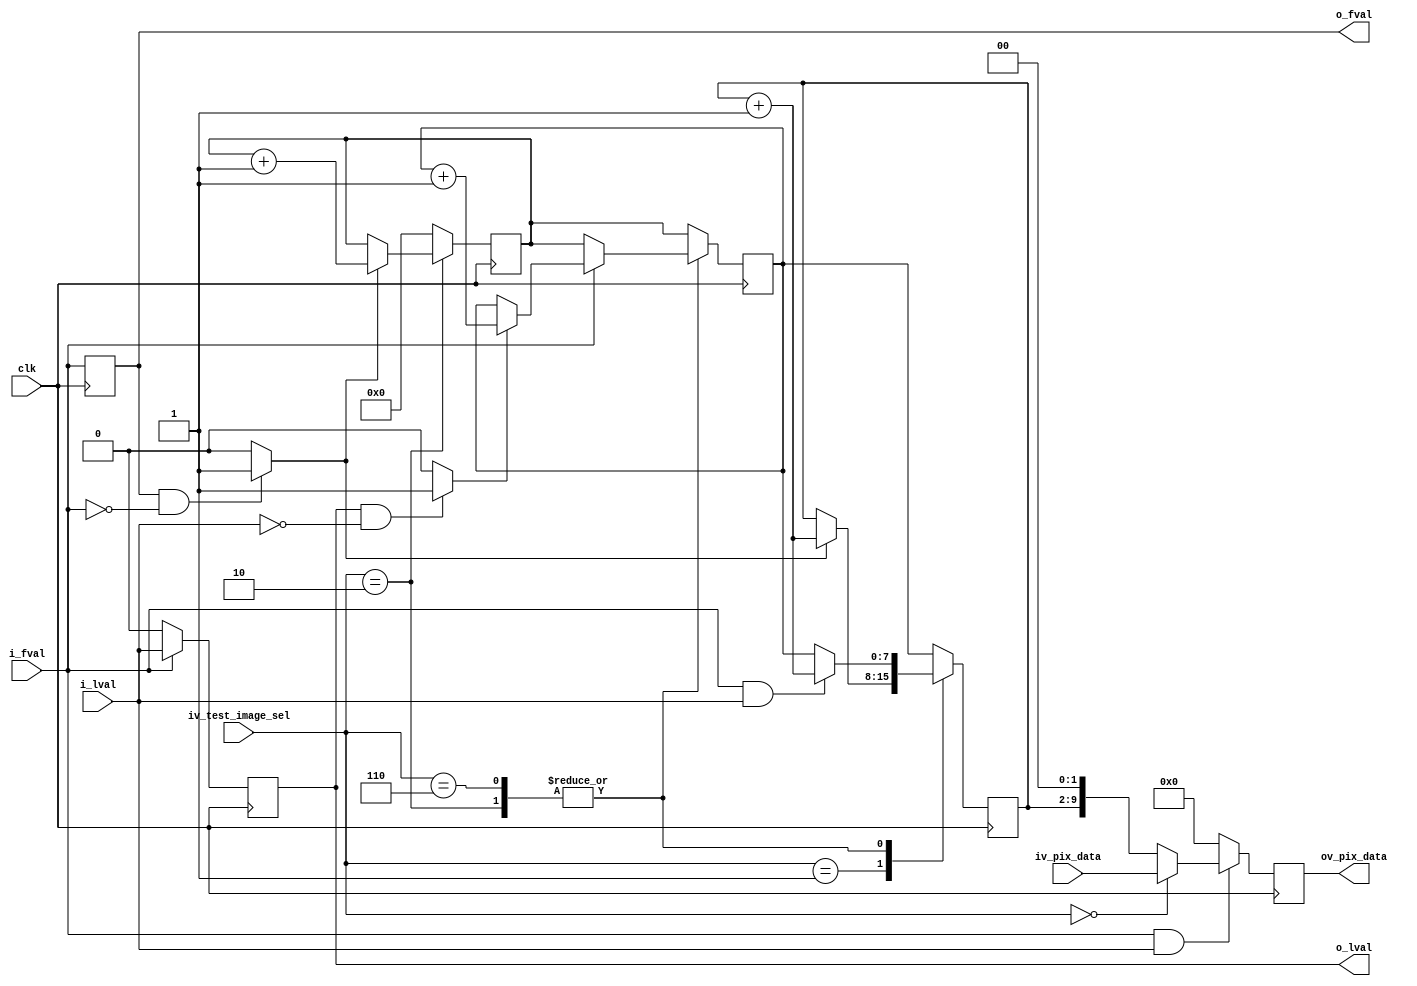
//-------------------------------------------------------------------------------------------------
//  --    : , 2010 -2015.
//  --      .
//  --          : FPGA
//  --        : test_image
//  --        : 
//-------------------------------------------------------------------------------------------------
//
//  --  :
//
//  --          :| 				:|  
//-------------------------------------------------------------------------------------------------
//  --        :| 2014/12/4 13:41:28	:|  
//-------------------------------------------------------------------------------------------------
//
//  --      : 
//              1)  : 
//						8bit12550
//              2)  : (0-255)
//						8bit12550
//						0
//              2)  : (0-255)
//						0-2558bit12550
//-------------------------------------------------------------------------------------------------
///
`timescale 1ns/1ps
//-------------------------------------------------------------------------------------------------

module test_image # (
	parameter	SENSOR_DAT_WIDTH	= 10		//sensor 
	)
	(
	//Sensor
	input								clk					,	//
	input								i_fval				,	//
	input								i_lval				,	//
	input	[SENSOR_DAT_WIDTH-1:0]		iv_pix_data			,	//
	//
	input	[2:0]						iv_test_image_sel	,	//,000:,001:1,110:2,010:3
	//
	output								o_fval				,	//o_fvalo_lval
	output								o_lval				,	//
	output	[SENSOR_DAT_WIDTH-1:0]		ov_pix_data				//
	);

	//	ref signals
	reg									fval_dly			= 1'b0;
	wire								fval_fall			;
	reg									lval_dly			= 1'b0;
	wire								lval_fall			;
	reg		[7:0]						frame_cnt			= 8'b0;
	reg		[7:0]						line_cnt			= 8'b0;
	reg		[7:0]						col_cnt				= 8'b0;
	reg		[SENSOR_DAT_WIDTH-1:0]		pix_data_reg		= {SENSOR_DAT_WIDTH{1'b0}};

	//	ref ARCHITECTURE


	//  ===============================================================================================
	//	ref ******
	//  ===============================================================================================
	//  -------------------------------------------------------------------------------------
	//	fval 
	//  -------------------------------------------------------------------------------------
	always @ (posedge clk) begin
		fval_dly	<= i_fval;
	end
	assign	fval_fall	= (fval_dly==1'b1 && i_fval==1'b0) ? 1'b1 : 1'b0;

	//  -------------------------------------------------------------------------------------
	//	lval 
	//	1.
	//  -------------------------------------------------------------------------------------
	always @ (posedge clk) begin
		if(i_fval) begin
			lval_dly	<= i_lval;
		end
		else begin
			lval_dly	<= 1'b0;
		end
	end
	assign	lval_fall	= (lval_dly==1'b1 && i_lval==1'b0) ? 1'b1 : 1'b0;

	//  ===============================================================================================
	//	ref ******
	//  ===============================================================================================
	//  -------------------------------------------------------------------------------------
	//	
	//	1.=000frame_cnt0
	//	2.=001frame_cnt0
	//	3.=1100-255frame_cnt0
	//	4.=0100-255i_fvalframe_cnt1

	//  -------------------------------------------------------------------------------------
	always @ (posedge clk) begin
		case(iv_test_image_sel)
			3'b000,3'b001,3'b110	: frame_cnt	<= 2'b00;
			3'b010	: begin
				if(fval_fall) begin
					frame_cnt	<= frame_cnt + 1'b1;
				end
			end
			default	: frame_cnt	<= 2'b00;
		endcase
	end

	//  -------------------------------------------------------------------------------------
	//	
	//	1.=000line_cnt=frame_cnt
	//	2.=001line_cnt=frame_cnt
	//	3.=1100-255i_fval=0line_cnt=frame_cnti_fval=1i_lval1
	//	4.=0100-255i_fval=0line_cnt=frame_cnti_fval=1i_lval1

	//  -------------------------------------------------------------------------------------
	always @ (posedge clk) begin
		case(iv_test_image_sel)
			3'b000,3'b001	: line_cnt	<= frame_cnt;
			3'b110,3'b010	: begin
				if(!i_fval) begin
					line_cnt	<= frame_cnt;
				end
				else begin
					if(lval_fall) begin
						line_cnt	<= line_cnt + 1'b1;
					end
				end
			end
			default		: line_cnt	<= frame_cnt;
		endcase
	end

	//  -------------------------------------------------------------------------------------
	//	
	//	1.=000col_cnt=line_cnt
	//	2.=001i_fvalcol_cnt1
	//	3.=1100-255i_fval=1i_lval=1col_cnt1col_cnt=line_cnt
	//	4.=0100-255i_fval=1i_lval=1col_cnt1col_cnt=line_cnt
	//  -------------------------------------------------------------------------------------
	always @ (posedge clk) begin
		case(iv_test_image_sel)
			3'b000	: col_cnt	<= line_cnt;
			3'b001	: begin
				if(fval_fall) begin
					col_cnt	<= col_cnt + 1'b1;
				end
			end
			3'b110,3'b010	: begin
				if(i_fval&i_lval) begin
					col_cnt	<= col_cnt + 1'b1;
				end
				else begin
					col_cnt	<= line_cnt;
				end
			end
			default		: col_cnt	<= line_cnt;
		endcase
	end

	//  ===============================================================================================
	//	ref ******
	//  ===============================================================================================
	//  -------------------------------------------------------------------------------------
	//	
	//	1.
	//	--1.1=
	//	--1.28bit0
	//	2.0
	//  -------------------------------------------------------------------------------------
	always @ (posedge clk) begin
		if(i_fval==1'b1 && i_lval==1'b1) begin
			if(iv_test_image_sel==3'b000) begin
				pix_data_reg	<= iv_pix_data;
			end
			else begin
				pix_data_reg	<= {col_cnt[7:0],{(SENSOR_DAT_WIDTH-8){1'b0}}};
			end
		end
		else begin
			pix_data_reg	<= {SENSOR_DAT_WIDTH{1'b0}};
		end
	end

	//  -------------------------------------------------------------------------------------
	//	1
	//  -------------------------------------------------------------------------------------
	assign	ov_pix_data			= pix_data_reg;
	assign	o_fval				= fval_dly;
	assign	o_lval				= lval_dly;



endmodule